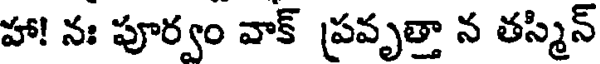
హా! నః పూర్వం వాక్ ప్రవృత్తా న తస్మిన్